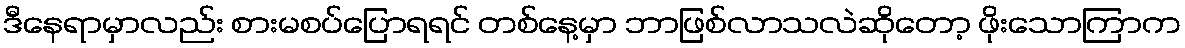
ဒီနေရာမှာလည်း စားမစပ်ပြောရရင် တစ်နေ့မှာ ဘာဖြစ်လာသလဲဆိုတော့ ဖိုးသောကြာက